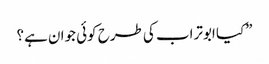
”کیا ابوتراب کی طرح کوئی جوان ہے؟